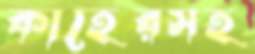
কাহেরসহ